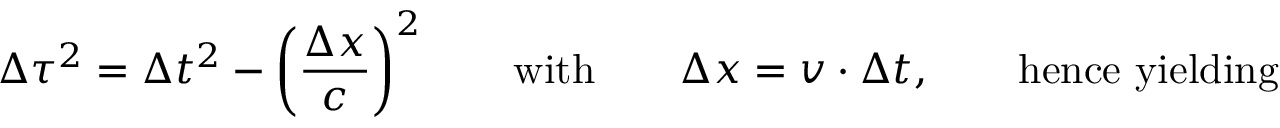
\Delta \tau ^ { 2 } = \Delta t ^ { 2 } - \left( \frac { \Delta x } { c } \right) ^ { 2 } \qquad \mathrm { w i t h } \qquad \Delta x = v \cdot \Delta t , \qquad \mathrm { h e n c e \ y i e l d i n g }